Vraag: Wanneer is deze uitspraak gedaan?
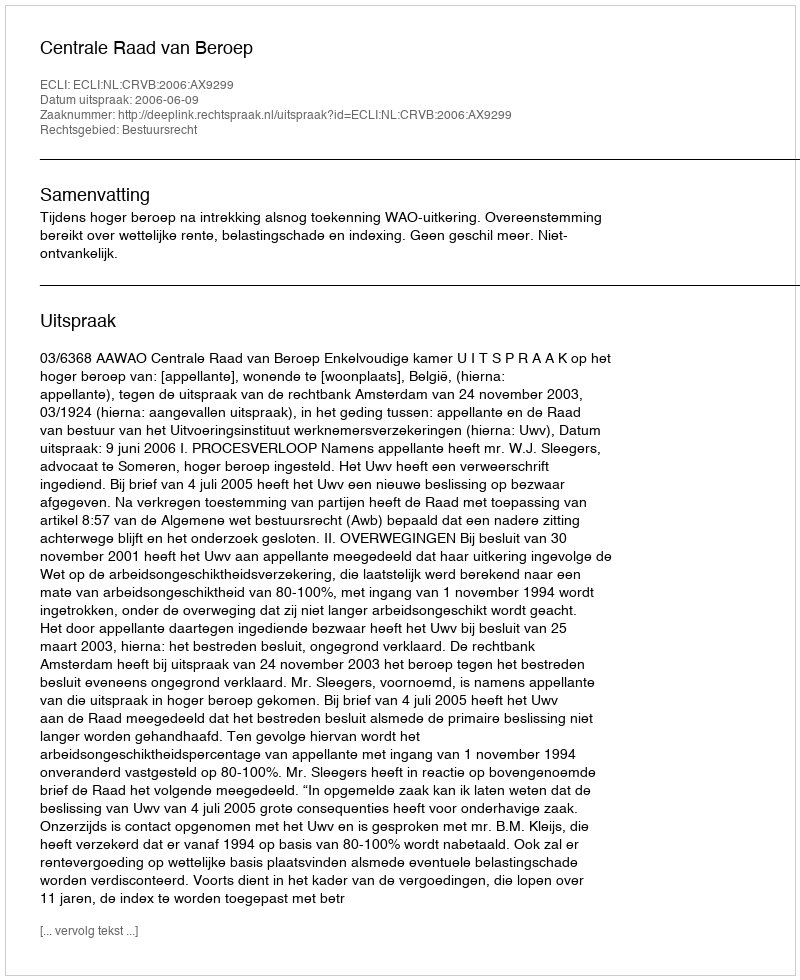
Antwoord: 2006-06-09